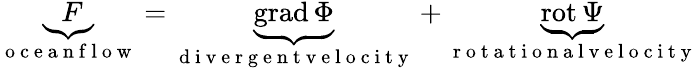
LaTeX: \begin{array}{r}{\underbrace{F}_{\mathrm{~o~c~e~a~n~f~l~o~w~}}=\underbrace{\mathrm{grad}\, \Phi}_{\mathrm{~d~i~v~e~r~g~e~n~t~v~e~l~o~c~i~t~y~}}+\underbrace{\mathrm{rot}\, \Psi}_{\mathrm{~r~o~t~a~t~i~o~n~a~l~v~e~l~o~c~i~t~y~}}}\end{array}